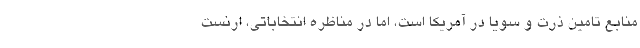
منابع تامین ذرت و سویا در آمریکا است، اما در مناظره انتخاباتی، ارنست